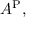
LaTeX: A ^ { \mathrm { P } } ,